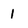
Character: 1